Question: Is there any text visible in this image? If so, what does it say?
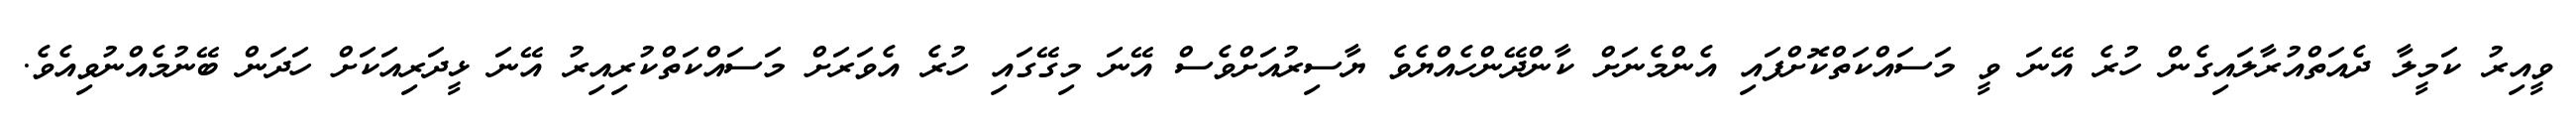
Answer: ވީއިރު ކަމީލާ ދެއަތްއުރާލައިގެން ހުރެ އޭނަ ވީ މަސައްކަތްކޮށްފައި އެންމެނަށް ކާންދޭންހެއްޔެވެ ޔާސިރުއަށްވެސް އޭނަ މިގޭގައި ހުރެ އެވަރަށް މަސައްކަތްކުރިއިރު އޭނަ ޅީދަރިއަކަށް ހަދަން ބޭނުމެއްނުވިއެވެ.